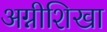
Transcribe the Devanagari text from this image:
अग्नीशिखा